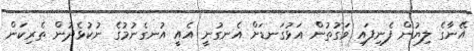
އޭނާގެ ލިޔުން ފެނިފައި ވަގުތުން އަޅުގަނޑަށް އެނގުނީ އެއީ އުނގެނުމުގެ ނުކުޅެދުން ތެރިކަން